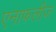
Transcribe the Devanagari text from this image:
एनाफलीज